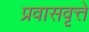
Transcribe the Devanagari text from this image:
प्रवासवृत्ते